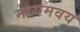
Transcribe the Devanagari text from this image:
मध्यमवय